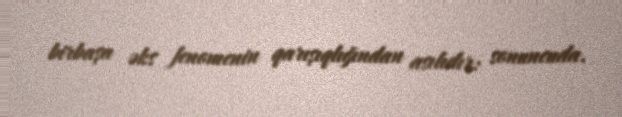
birbaşa əks fenomenin qarışıqlığından asılıdır: sonuncuda.